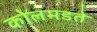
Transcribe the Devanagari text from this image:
कोलमडते